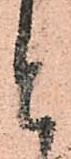
と